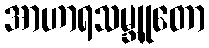
အာဟာရသမ္ဘူတော